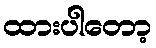
ထားပါတော့